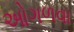
ઓગળવા